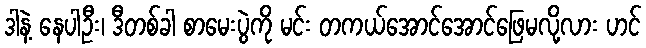
ဒါနဲ့ နေပါဦး၊ ဒီတစ်ခါ စာမေးပွဲကို မင်း တကယ်အောင်အောင်ဖြေမလို့လား ဟင်